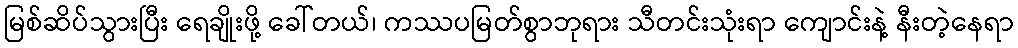
မြစ်ဆိပ်သွားပြီး ရေချိုးဖို့ ခေါ်တယ်၊ ကဿပမြတ်စွာဘုရား သီတင်းသုံးရာ ကျောင်းနဲ့ နီးတဲ့နေရာ